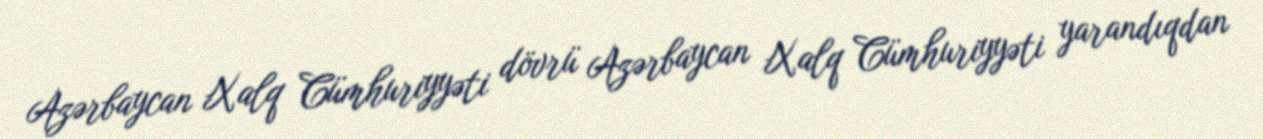
Azərbaycan Xalq Cümhuriyyəti dövrü Azərbaycan Xalq Cümhuriyyəti yarandıqdan